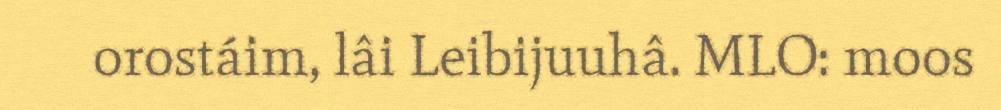
orostáim, lâi Leibijuuhâ. MLO: moos